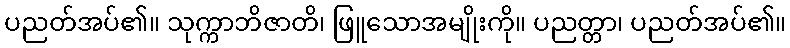
ပညတ်အပ်၏။ သုက္ကာဘိဇာတိ၊ ဖြူသောအမျိုးကို။ ပညတ္တာ၊ ပညတ်အပ်၏။